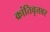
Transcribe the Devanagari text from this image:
क्रांतिवृत्तवर